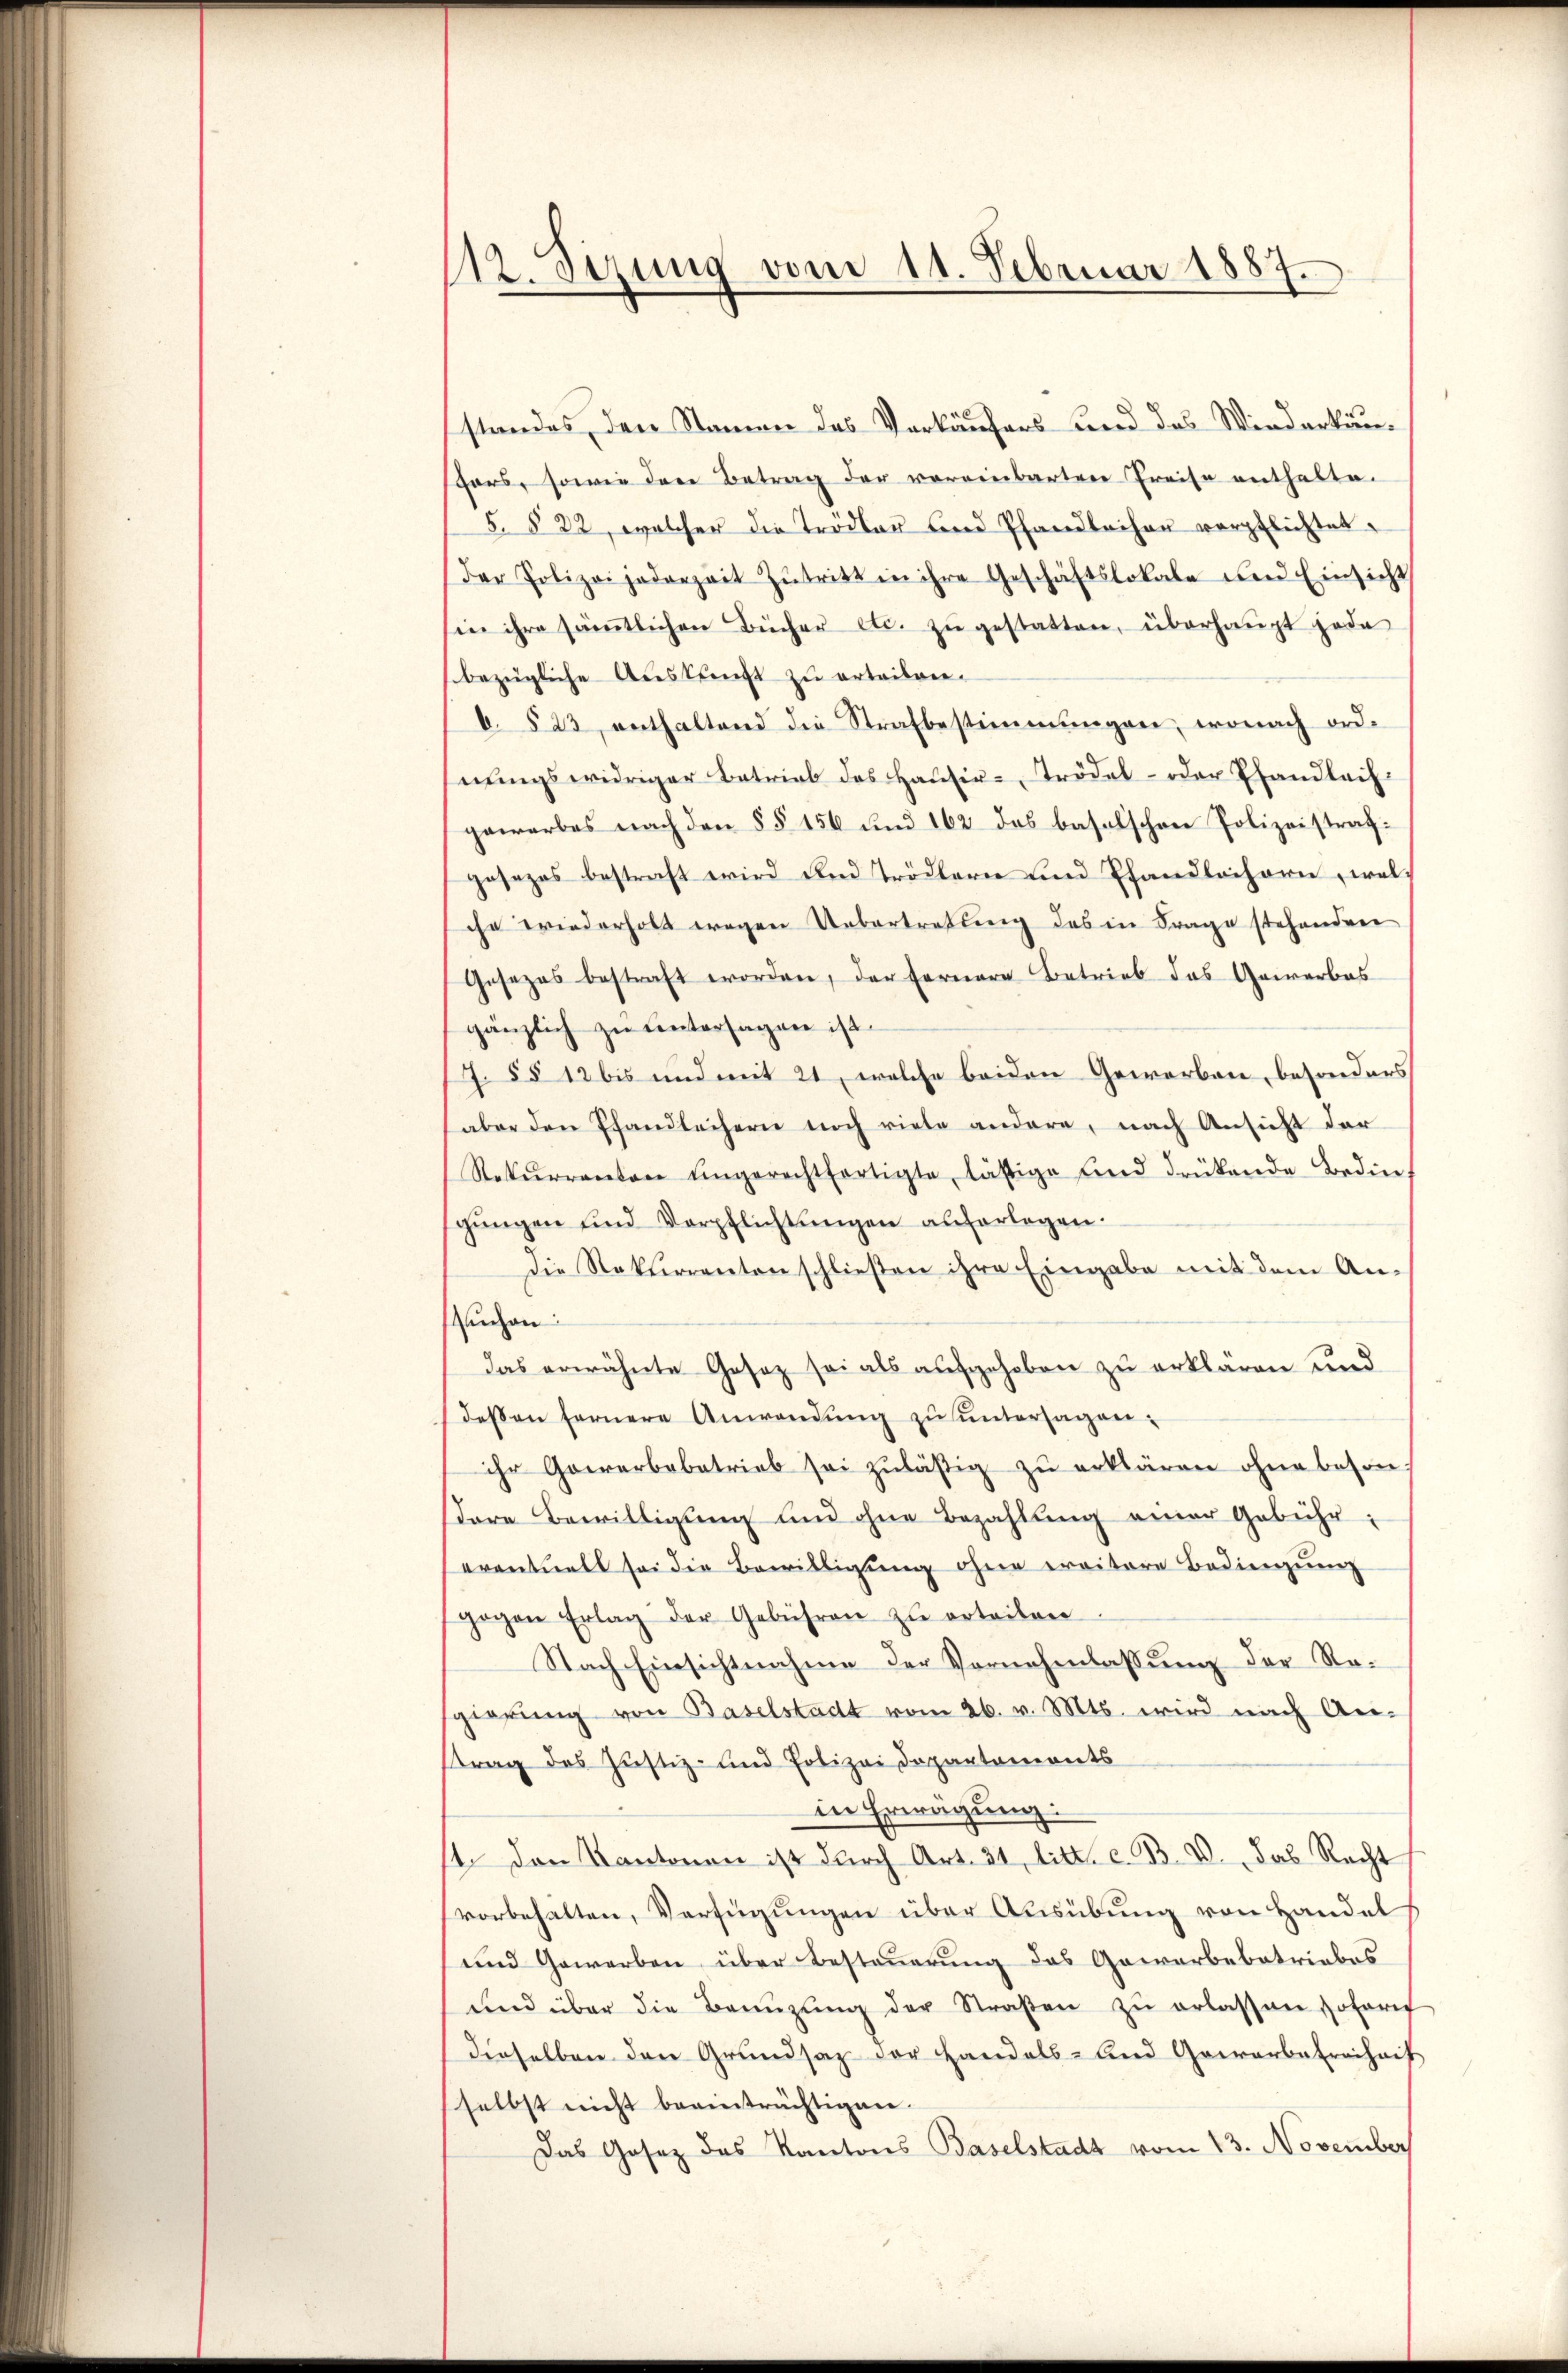
112. Stzung vom 11. Februar 1887.

standes, den Namen des Verkäufers und das Wiederkunhars, sowie der Betrag der voreinbarten Preise enthalte.
§. § 22, welcher die Trödler und Pfandleihen verpflichtet.
Der Polizei jederzeit Zutritt in ihre Geschäftslokale und Einsicht
in ihre sämtlichen Bücher etc. zŭ gestatten, überhaŭpt jede
bezügliche Auskreicht zu ertailverb. § 23, enthaltend die Strafbestimmungen, wonach ordnungswidriger Betrieb des Hausir-Trödel- oder Ehandleih
gewerbes nach den §§ 156 und 162 des baselschen Polizeistraf:
gesezes bestraft wird und Trödlern und Pfandlochorn, welche wiederholt wegen Uebertretung des in Frage stehenden
Gesezes bestraft worden, der fernere Betrieb das Gewerbes
gänzlich zu untersagen ist.
Z. §§ 12 bis und mit 21, welche beiden Gewerben, besonders
aber den Pfandleihern noch viele andere, nach Ansicht der
Rekurrector eingerechtfertigte, lästige und drükende Bedin-
gŭngen und Verpflichtŭngen auferlegen.
Die Rektirranten schließen ihre Eingabe mit dem An-
uchen
das erwähnte Gesetz sei als aufgehoben zu erklären und
dessen fernere Anwendung zu untersagen:
ihr Gewerbebetrieb sei zŭläsig zŭ erklären ohne besondere Bewilligung und ohne Bezahlung einer Gebühr:
eventuell sei die Bewilligung ohne ereitere Bedingŭng
gegen Erlag der Gebühren zŭ erteilen
Nach Einsichtnahme der Vornehmlassung der Regierung von Baselstadt vom 26. v. Mts. wird nach Anstrag des Justiz- und Polizei Departemonts
in Erwägung:
1. Den Kantonen ist durch Art. 31 litt. c. B. V. das Recht
vorbehalten, Verfügungen über Ausübung von Handel
und Gewerben über Besteuerung das Gewerbebetriebes
und über die Benŭzŭng der Straβen zŭ erlassen sofort
dieselben den Grundsaz der Handels- und Gewerbe Freiheit
selbst nicht beeinträchtigen.
Das Gesez des Kantons Baselstadt vom 13. November